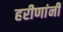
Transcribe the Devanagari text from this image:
हरीणांनी